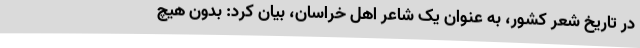
در تاریخ شعر کشور، به عنوان یک شاعر اهل خراسان، بیان کرد: بدون هیچ